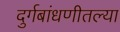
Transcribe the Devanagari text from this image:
दुर्गबांधणीतल्या